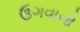
ઉગવાનો